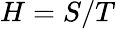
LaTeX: H=S/T